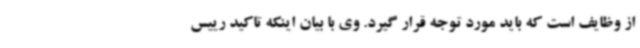
از وظایف است که باید مورد توجه قرار گیرد. وی با بیان اینکه تاکید رییس